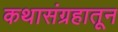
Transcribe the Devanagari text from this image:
कथासंग्रहातून